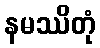
နမဿိတုံ